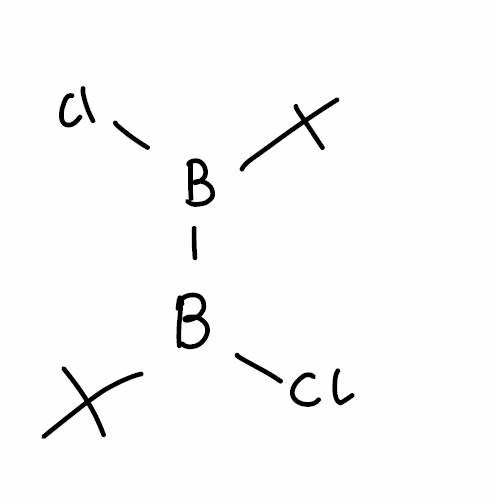
Simplified molecular-input line-entry system (SMILES) notation of the given molecule:
B(B(C(C)(C)C)Cl)(C(C)(C)C)Cl